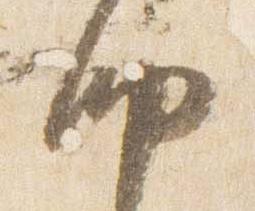
納